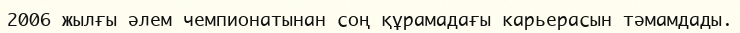
2006 жылғы әлем чемпионатынан соң құрамадағы карьерасын тәмамдады.